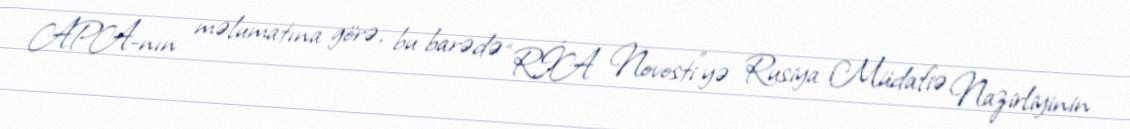
APA-nın məlumatına görə, bu barədə “RİA Novosti”yə Rusiya Müdafiə Nazirliyinin